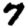
Digit: 7